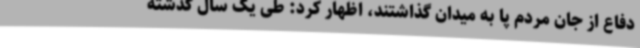
دفاع از جان مردم پا به میدان گذاشتند، اظهار کرد: طی یک سال گذشته